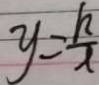
y = \frac { k } { x }